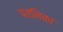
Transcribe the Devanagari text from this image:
पतनिका